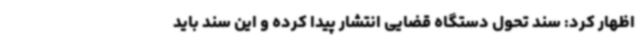
اظهار کرد: سند تحول دستگاه قضایی انتشار پیدا کرده و این سند باید